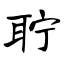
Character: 聍